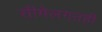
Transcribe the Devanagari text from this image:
सीमेलगतही